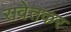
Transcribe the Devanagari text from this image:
रावेतकर